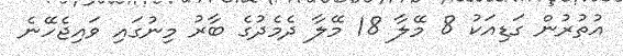
އުތުރުން ގަޑިއަކު 8 މޭލާ 18 މޭލާ ދެމެދުގެ ބާރު މިނުގައި ވައިޖެހޭނެ